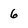
Character: 6